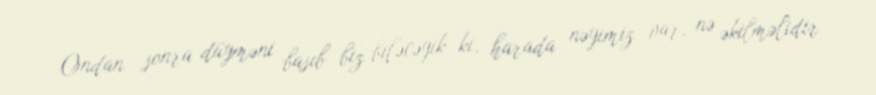
Ondan sonra düyməni basıb biz biləcəyik ki, harada nəyimiz var, nə əkilməlidir